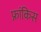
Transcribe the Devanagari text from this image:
फ्रांकिस